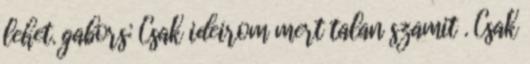
lehet. gabors: Csak ideirom mert talan szamit . Csak